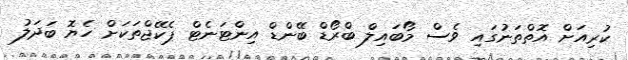
ކުރިއަށް އޮތްތަނުގައި ވެސް މޯބައިލް ބްރޯޑް ބޭންޑް އިންޓަނެޓް ޕެކޭޖްތަކަށް ހެޔޮ ބަދަލު